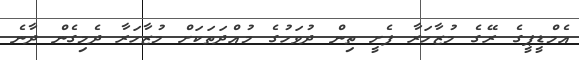
އެމްޑީޕީގެ ރޭގެ މުޒާހަރާ ފެށީ ތިން ދުވަހުގެ މުއްދަތަކަށް މުޒާހަރާ ދެމިގެން ދާނެ